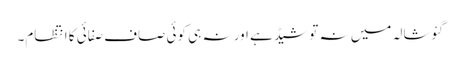
گئوشالہ میں نہ تو شیڈ ہے اور نہ ہی کوئی صاف صفائی کا انتظام۔